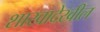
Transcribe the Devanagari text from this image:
शाखादेखील